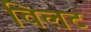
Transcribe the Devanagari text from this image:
विलट